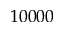
1 0 0 0 0